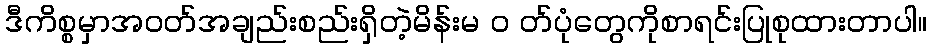
ဒီကိစ္စမှာအဝတ်အချည်းစည်းရှိတဲ့မိန်းမ ၀ တ်ပုံတွေကိုစာရင်းပြုစုထားတာပါ။